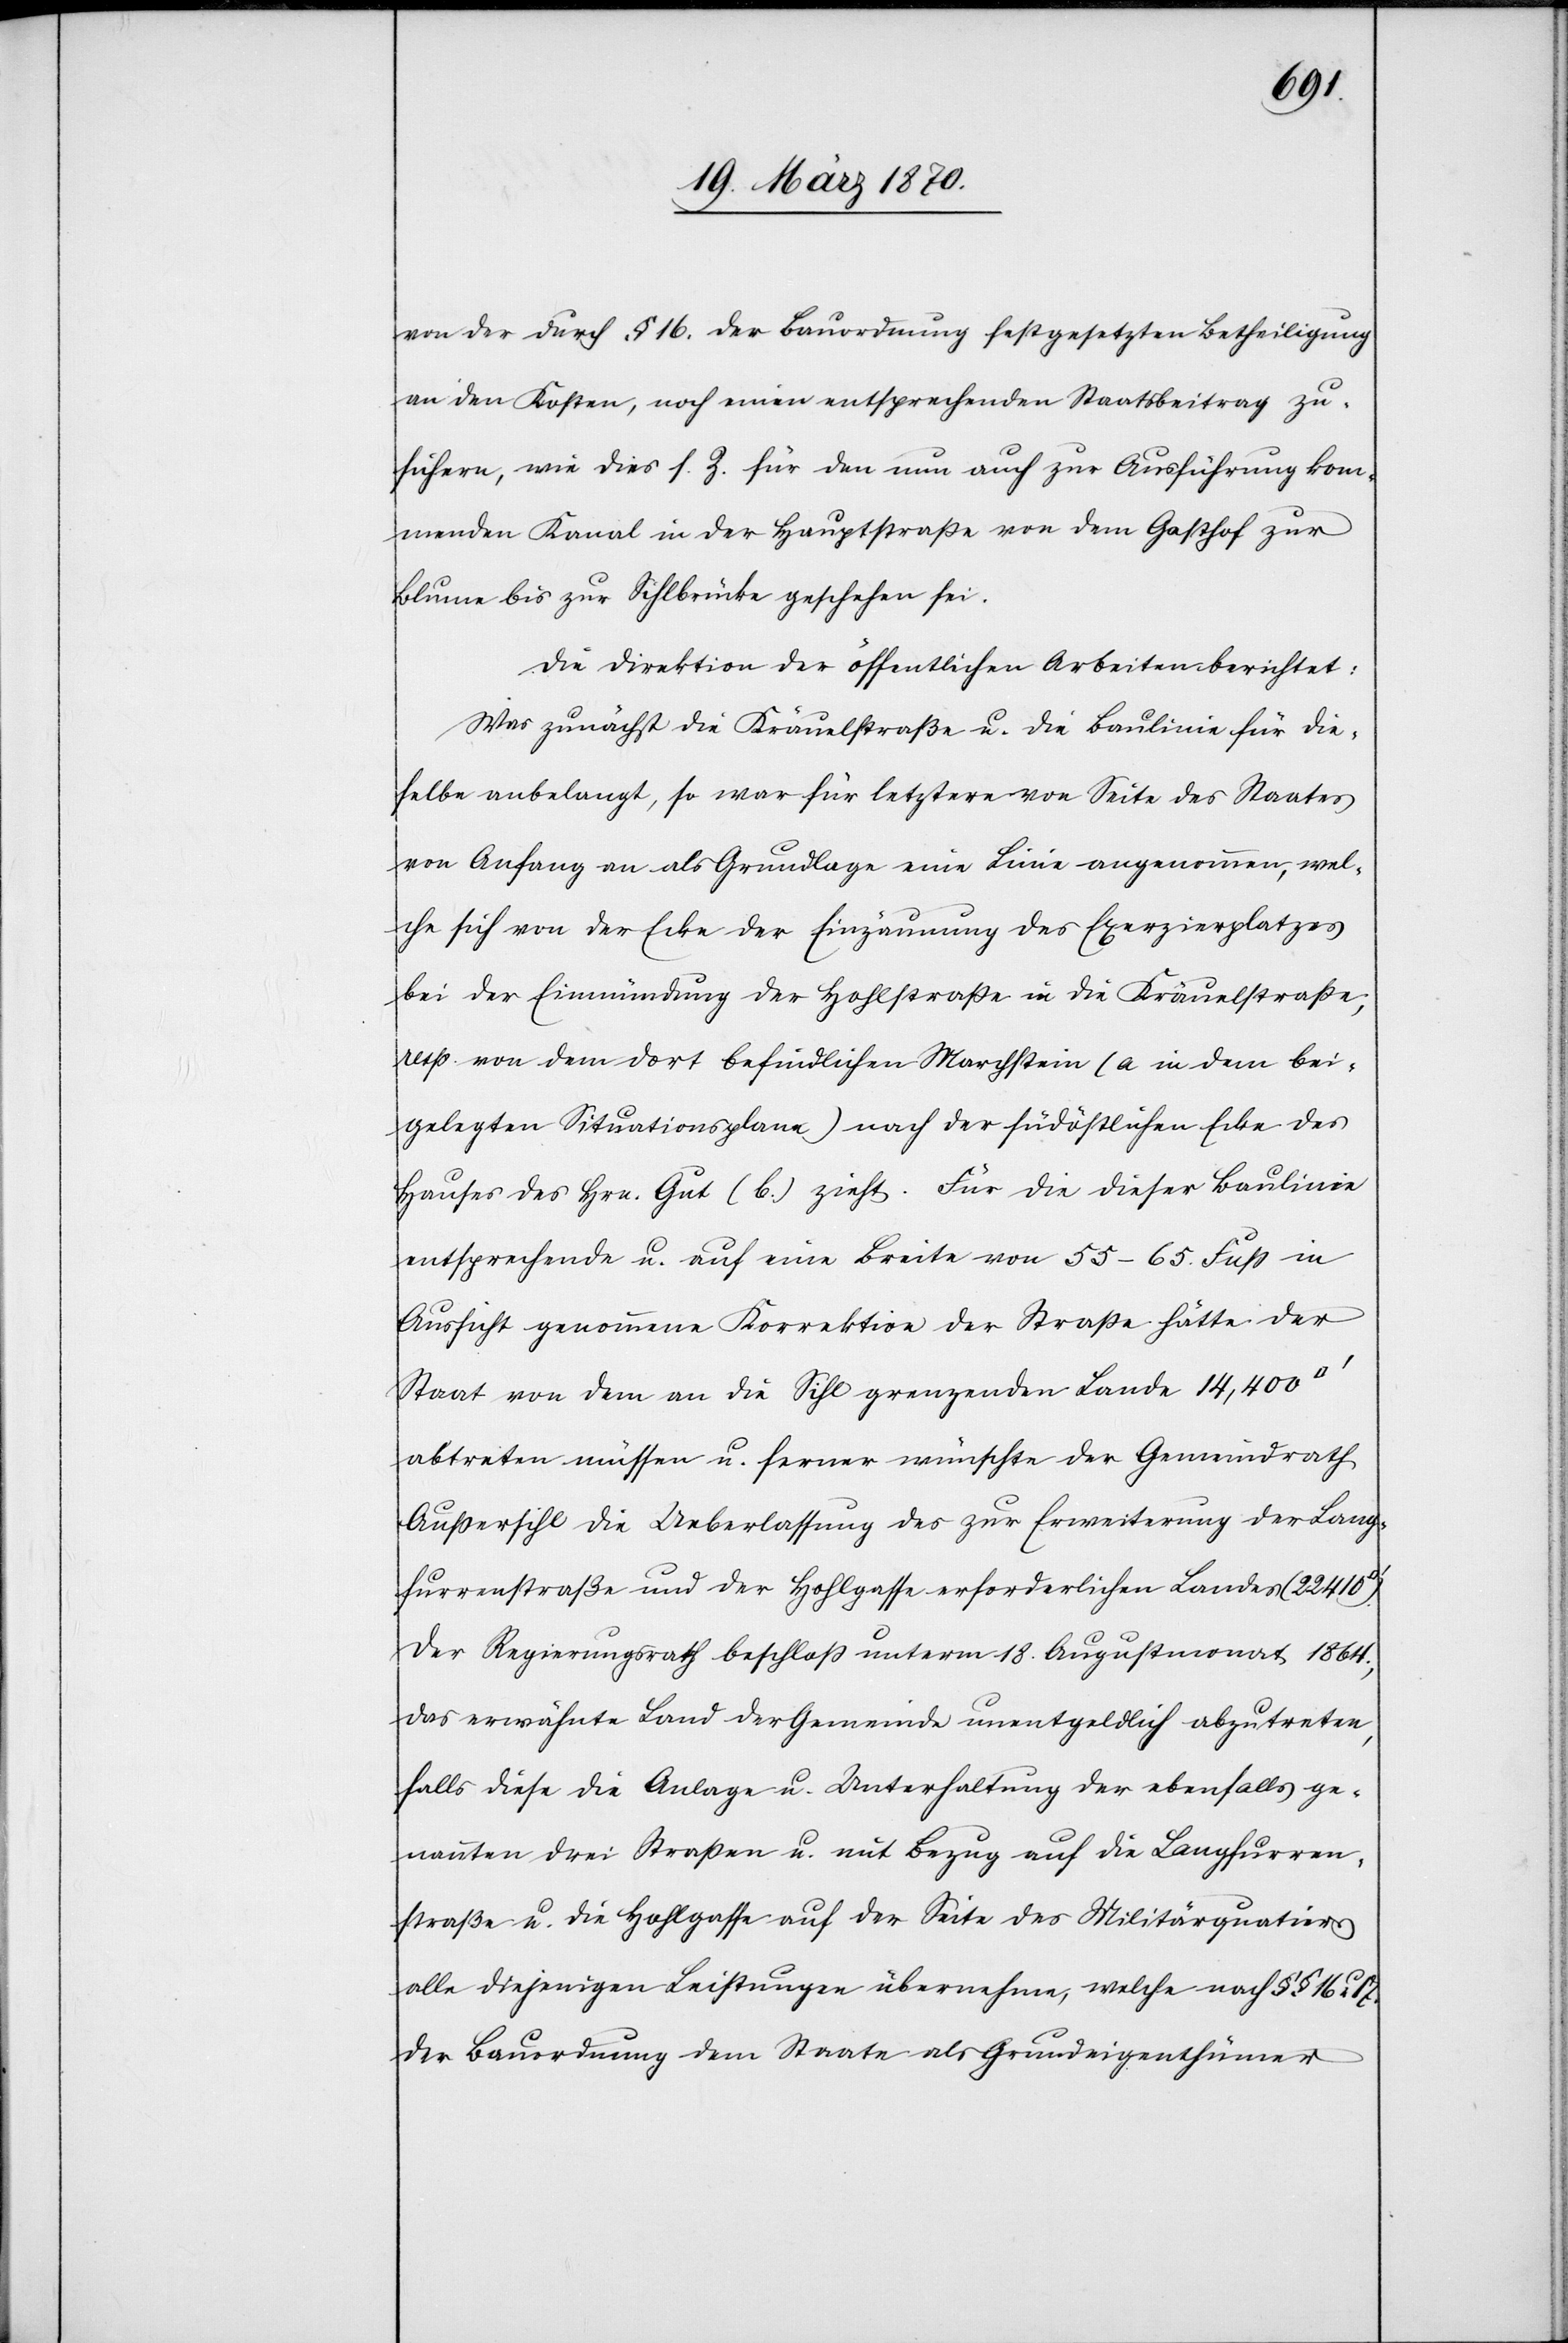
von der durch § 16. der Bauordnung festgesetzten Betheiligung
an den Kosten, noch einen entsprechenden Staatsbeitrag zu¬
sichern, wie dies s. Z. für den nun auch zur Ausführung kom¬
menden Kanal in der Hauptstraße von dem Gasthof zur
Blume bis zur Sihlbrücke geschehen sei.
Die Direktion der öffentlichen Arbeiten berichtet:
Was zunächst die Kräuelstraße u. die Baulinie für die¬
selbe anbelangt, so war für letztere von Seite des Staates
von Anfang an als Grundlage eine Linie angenommen, wel¬
che sich von der Ecke der Einzäunung des Exerzierplatzes
bei der Einmündung der Hohlstraße in die Kräuelstraße;
resp. von dem dort befindlichen Marchstein (a in dem bei¬
gelegten Situationsplane) nach der südöstlichen Ecke des
Hauses des Hrn. Gut (b.) zieht. Für die dieser Baulinie
entsprechende u. auf eine Breite von 55–65. Fuß in
Aussicht genommene Korrektion der Straße hätte der
Staat von dem an die Sihl grenzenden Lande 14,000
abtreten müssen u. ferner wünschte der Gemeindrath
Außersihl die Ueberlassung des zur Erweiterung der Lang¬
furrenstraße und der Hohlgasse erforderlichen Landes (22 410
Der Regierungsrath beschloß unterm 18. Augustmonat 1864.,
das erwähnte Land der Gemeinde untentgeldlich abzutreten,
falls diese Anlage u. Unterhaltung der ebenfalls ge¬
nannten drei Straßen u. mit Bezug auf die Langfurren¬
straße u. die Hohlgasse auf der Seite des Militärquartiers
alle diejenigen Leistungen übernehme, welche nach §§ 16 u 17.
der Bauordnung dem Staate als Grundeigenthümer